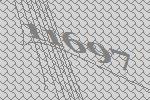
11697